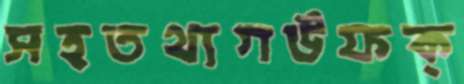
সহতথ্যগউফক্